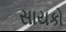
સાયકો